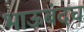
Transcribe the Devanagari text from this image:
भाऊबंदच